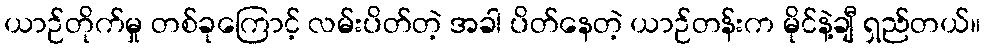
ယာဉ်တိုက်မှု တစ်ခုကြောင့် လမ်းပိတ်တဲ့ အခါ ပိတ်နေတဲ့ ယာဉ်တန်းက မိုင်နဲ့ချီ ရှည်တယ်။